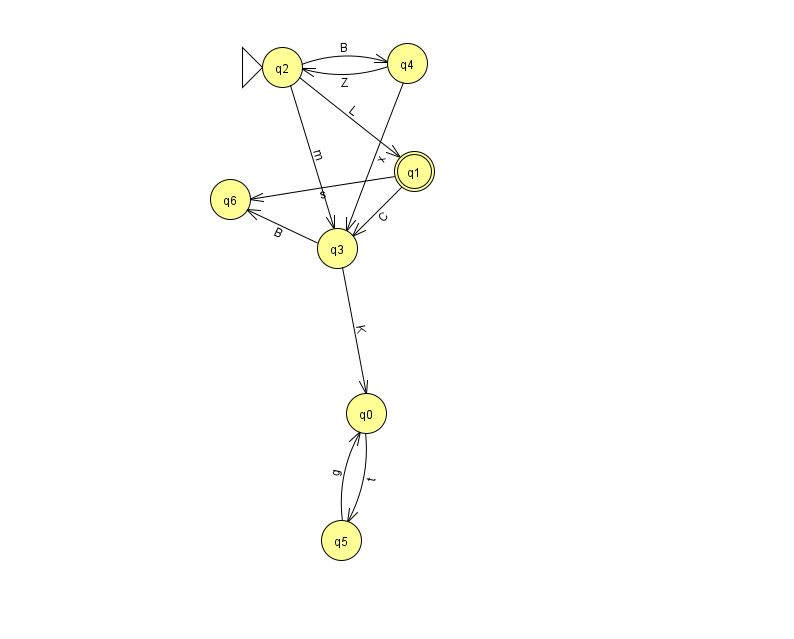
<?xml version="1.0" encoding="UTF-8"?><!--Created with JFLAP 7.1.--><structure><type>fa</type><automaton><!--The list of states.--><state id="0" name="q0"><x>366.0</x><y>400.0</y></state><state id="1" name="q1"><x>414.0</x><y>158.0</y><final/></state><state id="2" name="q2"><x>282.0</x><y>54.0</y><initial/></state><state id="3" name="q3"><x>337.0</x><y>235.0</y></state><state id="4" name="q4"><x>407.0</x><y>50.0</y></state><state id="5" name="q5"><x>341.0</x><y>527.0</y></state><state id="6" name="q6"><x>230.0</x><y>186.0</y></state><!--The list of transitions.--><transition><from>4</from><to>3</to><read>x</read></transition><transition><from>2</from><to>3</to><read>m</read></transition><transition><from>2</from><to>4</to><read>B</read></transition><transition><from>3</from><to>6</to><read>B</read></transition><transition><from>1</from><to>6</to><read>s</read></transition><transition><from>5</from><to>0</to><read>g</read></transition><transition><from>0</from><to>5</to><read>t</read></transition><transition><from>1</from><to>3</to><read>C</read></transition><transition><from>2</from><to>1</to><read>L</read></transition><transition><from>4</from><to>2</to><read>Z</read></transition><transition><from>3</from><to>0</to><read>K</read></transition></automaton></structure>